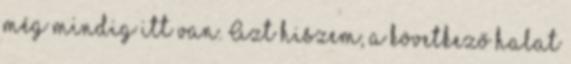
még mindig itt van. Azt hiszem, a következő halat